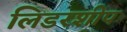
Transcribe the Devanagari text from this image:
लिडरशीप